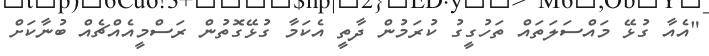
"އެއާ ގުޅޭ މައްސަލަތައް ތަހުގީގު ކުރަމުން ދާތީ އެކަމާ ގުޅޭގޮތުން ރަސްމީއެއްޗެއް ބުނާކަށް